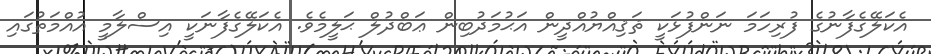
އެކަލޭގެފާނުގެ ފުރިހަމަ ނަންފުޅަކީ ޘަޤިއްޔުއްދީން އަޙުމަދުބިން ޢަބްދުލް ޙަލީމެވެ. އެކަލޭގެފާނަކީ އިސްލާމީ އުއްމަތުގައި